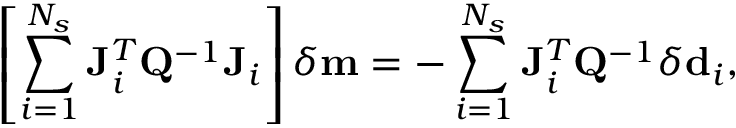
\left[ \sum _ { i = 1 } ^ { N _ { s } } \mathbf { J } _ { i } ^ { T } \mathbf { Q } ^ { - 1 } \mathbf { J } _ { i } \right] \delta \mathbf { m } = - \sum _ { i = 1 } ^ { N _ { s } } \mathbf { J } _ { i } ^ { T } \mathbf { Q } ^ { - 1 } \delta \mathbf { d } _ { i } ,